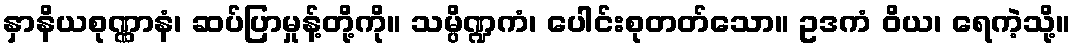
နှာနိယစုဏ္ဏာနံ၊ ဆပ်ပြာမှုန့်တို့ကို။ သမ္ပိဏ္ဍကံ၊ ပေါင်းစုတတ်သော။ ဥဒကံ ဝိယ၊ ရေကဲ့သို့။